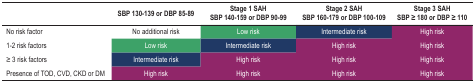
<table><thead><tr><td><b> </b></td><td><b>SBP 130-139 or DBP 85-89</b></td><td><b>Stage 1 SAH SBP 140-159 or DBP 90-99</b></td><td><b>Stage 2 SAH SBP 160-179 or DBP 100-109</b></td><td><b>Stage 3 SAH SBP ≥ 180 or DBP ≥110</b></td></tr></thead><tbody><tr><td>No risk factor</td><td>No additional risk</td><td>Low risk</td><td>Intermediate risk</td><td>High risk</td></tr><tr><td>1-2 risk factors</td><td>Low risk</td><td>Intermediate risk</td><td>High risk</td><td>High risk</td></tr><tr><td>≥ 3 risk factors</td><td>Intermediate risk</td><td>High risk</td><td>High risk</td><td>High risk</td></tr><tr><td>Presence of TOD, CVD, CKD or DM</td><td>High risk</td><td>High risk</td><td>High risk</td><td>High risk</td></tr></tbody></table>